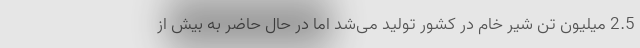
2.5 میلیون تن شیر خام در کشور تولید می‌شد اما در حال حاضر به بیش از